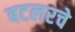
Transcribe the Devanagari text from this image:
बटलरचे